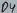
Text: D4